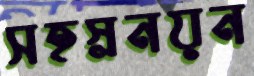
সহস্রনয়ন